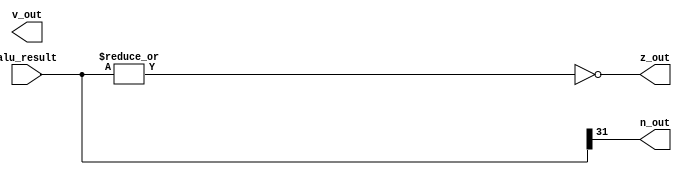
module status(n_out, z_out, v_out, alu_result);
input [31:0] alu_result;
output n_out, z_out, v_out;
assign z_out = ~(|alu_result);
assign n_out = alu_result[31];


// create v out
endmodule